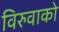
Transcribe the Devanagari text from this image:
विरुवाको